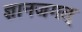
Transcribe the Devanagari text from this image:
ज्ञानजगत्‌